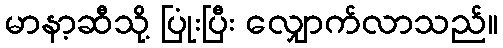
မာနာ့ဆီသို့ ပြုံးပြီး လျှောက်လာသည်။